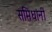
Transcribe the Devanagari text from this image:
समिधांनीं